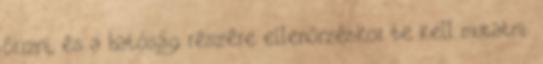
õrizni, és a hatóság részére ellenõrzéskor be kell mutatni.